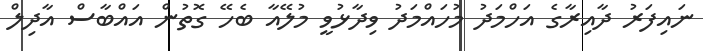
ނައިފަރު ދާއިރާގެ އަހްމަދު މުހައްމަދު ވިދާޅުވީ މުލޭއާ ބެހޭ ގޮތުން އައްބާސް އާދިލް